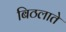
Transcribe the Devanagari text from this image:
बिठलाते